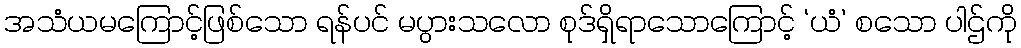
အသံယမကြောင့်ဖြစ်သော ရန်ပင် မပွားသလော စုဒ်ရှိရာသောကြောင့် ‘ယံ’ စသော ပါဌ်ကို